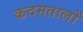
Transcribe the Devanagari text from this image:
कदमतालों